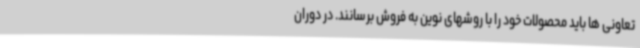
تعاونی ها باید محصولات خود را با روشهای نوین به فروش برسانند. در دوران